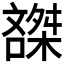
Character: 𰈽